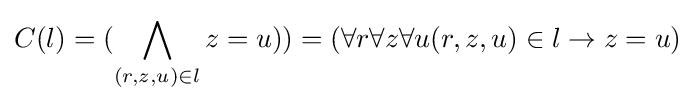
C(l)=({\bigwedge _{(r,z,u)\in l}z=u}))=(\forall r\forall z\forall u(r,z,u)\in l\to z=u)